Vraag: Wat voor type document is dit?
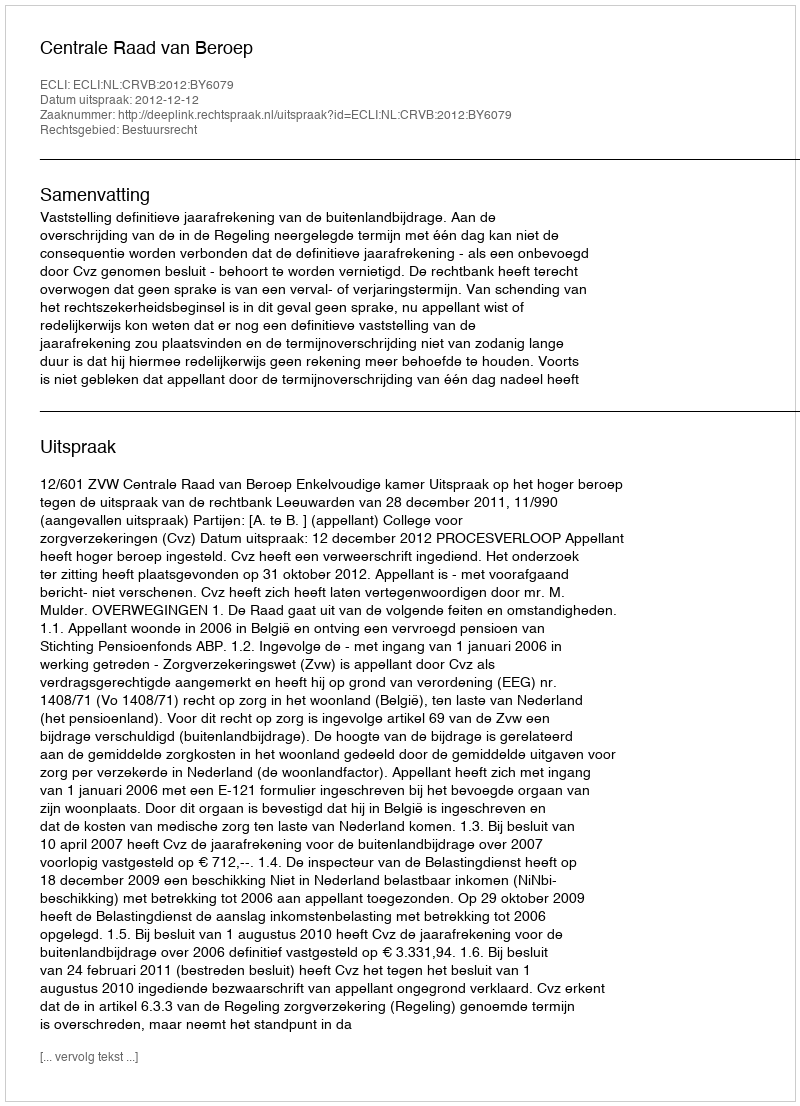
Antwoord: Uitspraak